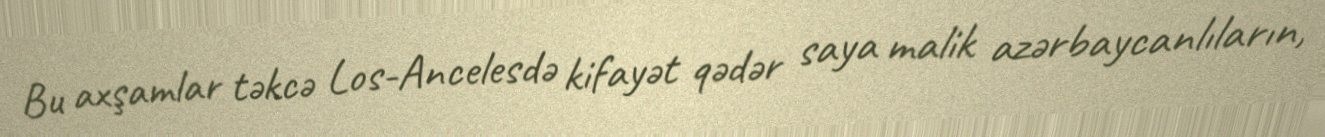
Bu axşamlar təkcə Los-Ancelesdə kifayət qədər saya malik azərbaycanlıların,